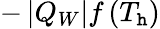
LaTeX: -\left|Q_{W}\right|f\left(T_{\mathtt{h}}\right)